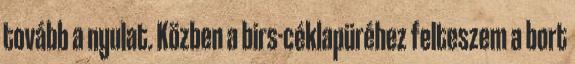
tovább a nyulat. Közben a birs-céklapüréhez felteszem a bort